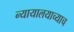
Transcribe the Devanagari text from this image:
न्यायालयाच्याच